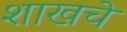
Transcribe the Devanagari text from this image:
शाखचे